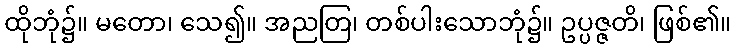
ထိုဘုံ၌။ မတော၊ သေ၍။ အညတြ၊ တစ်ပါးသောဘုံ၌။ ဥပ္ပဇ္ဇတိ၊ ဖြစ်၏။